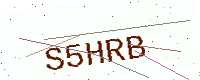
Text: S5HRB